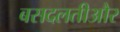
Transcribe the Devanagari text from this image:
बसदलतीऔर